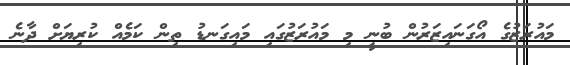
މައުރަޒުގެ އޯގަނައިޒަރުން ބުނީ މި މައުރަޒުގައި މައިގަނޑު ތިން ކަމެއް ކުރިޔަށް ދާނެ